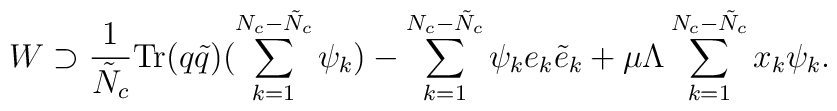
W\supset\frac{1}{\tilde{N}_c}\textup{Tr}(q\tilde{q})(\sum_{k=1}^{N_c-\tilde{N}_c}\psi_k)-\sum_{k=1}^{N_c-\tilde{N}_c}\psi_ke_k\tilde{e}_k+\mu\Lambda\sum_{k=1}^{N_c-\tilde{N}_c}x_k\psi_k.